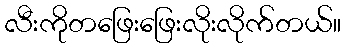
လီးကိုတဖြေးဖြေးလိုးလိုက်တယ်။